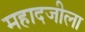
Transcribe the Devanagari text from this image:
महादजीला